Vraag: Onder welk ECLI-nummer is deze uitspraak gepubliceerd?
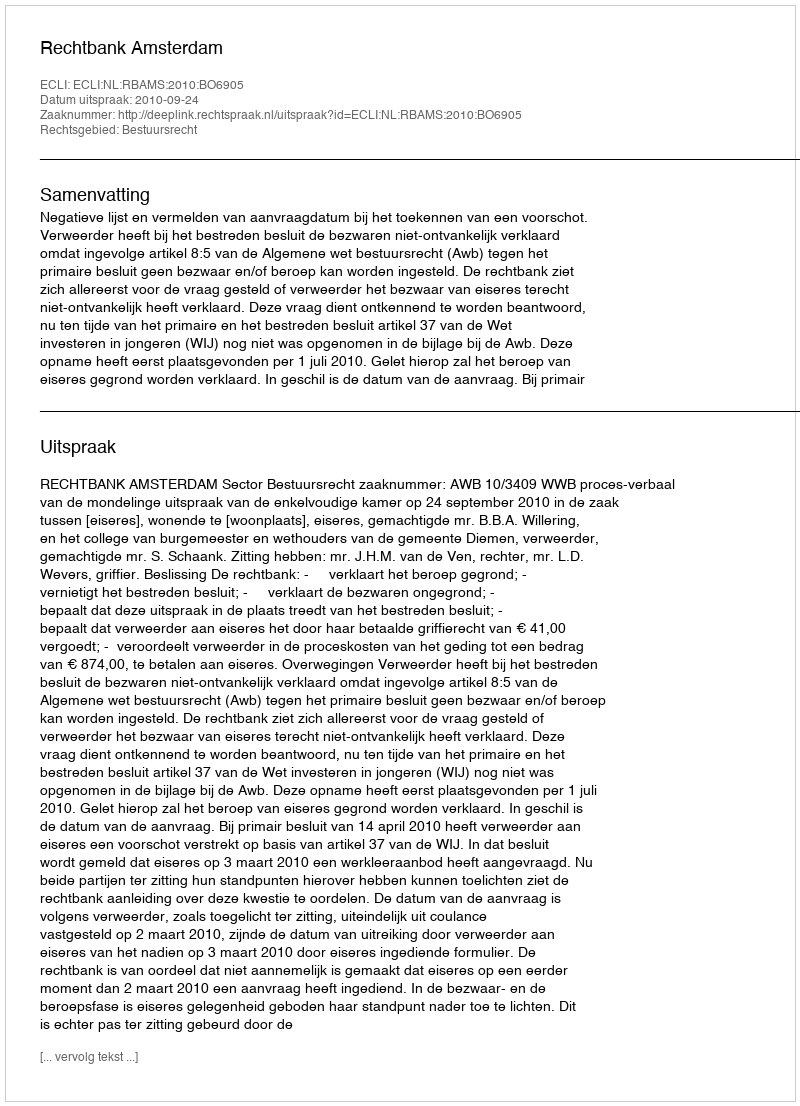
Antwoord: ECLI:NL:RBAMS:2010:BO6905